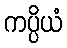
ကပ္ပိယံ